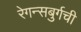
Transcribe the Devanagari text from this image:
रेगन्सबुर्गची